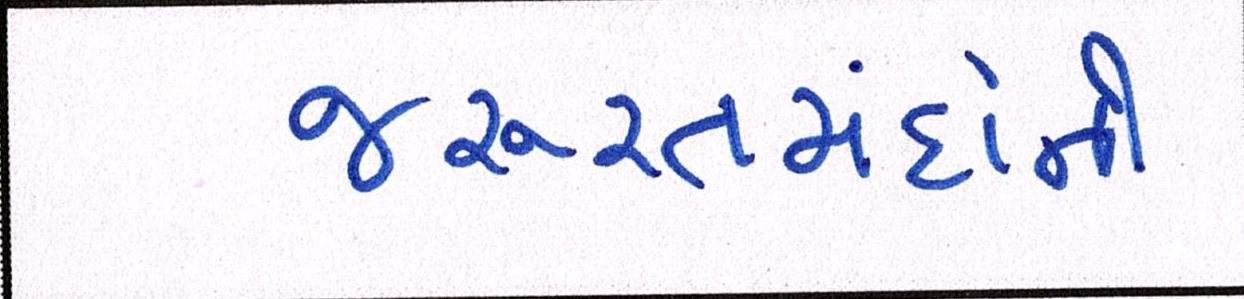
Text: જરૂરતમંદોની